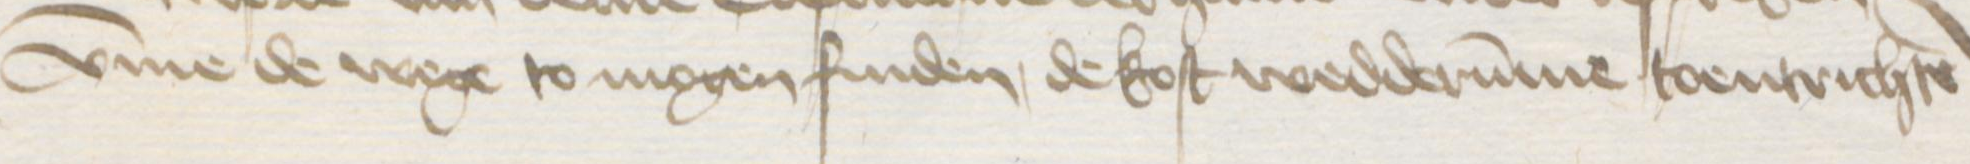
Transcription: vmme de wege to mogen finden, de kost wedderumme toentrichten